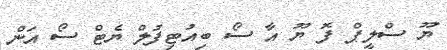
ޔޫ ސްލީޕް ފޮ ޔޫ އާ ސޯ ބިއުޓިފުލް ޔެޓް ސޯ އަން